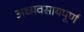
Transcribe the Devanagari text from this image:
अध्यवसायपूर्ण